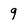
Character: 9